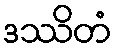
ဒဿိတံ